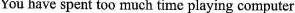
You have spent too much time playing computer